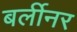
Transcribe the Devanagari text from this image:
बर्लीनर